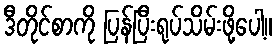
ဒီတိုင်စာကို ပြန်ပြီးရုပ်သိမ်းဖို့ပေါ့။